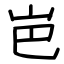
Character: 岜